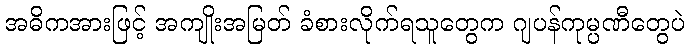
အဓိကအားဖြင့် အကျိုးအမြတ် ခံစားလိုက်ရသူတွေက ဂျပန်ကုမ္ပဏီတွေပဲ